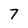
Character: 7